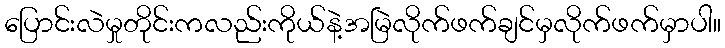
ပြောင်းလဲမှုတိုင်းကလည်းကိုယ်နဲ့အမြဲလိုက်ဖက်ချင်မှလိုက်ဖက်မှာပါ။